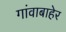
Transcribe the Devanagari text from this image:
गांवाबाहेर